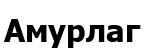
Амурлаг